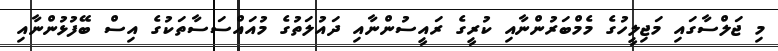
މި ޖަލްސާގައި މަޖިލީހުގެ މެމްބަރުންނާއި ކުރީގެ ރައީސުންނާއި ދައުލަތުގެ މުއައްސަސާތަކުގެ އިސް ބޭފުޅުންނާއި